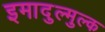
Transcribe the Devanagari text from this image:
इमादुल्मुल्क